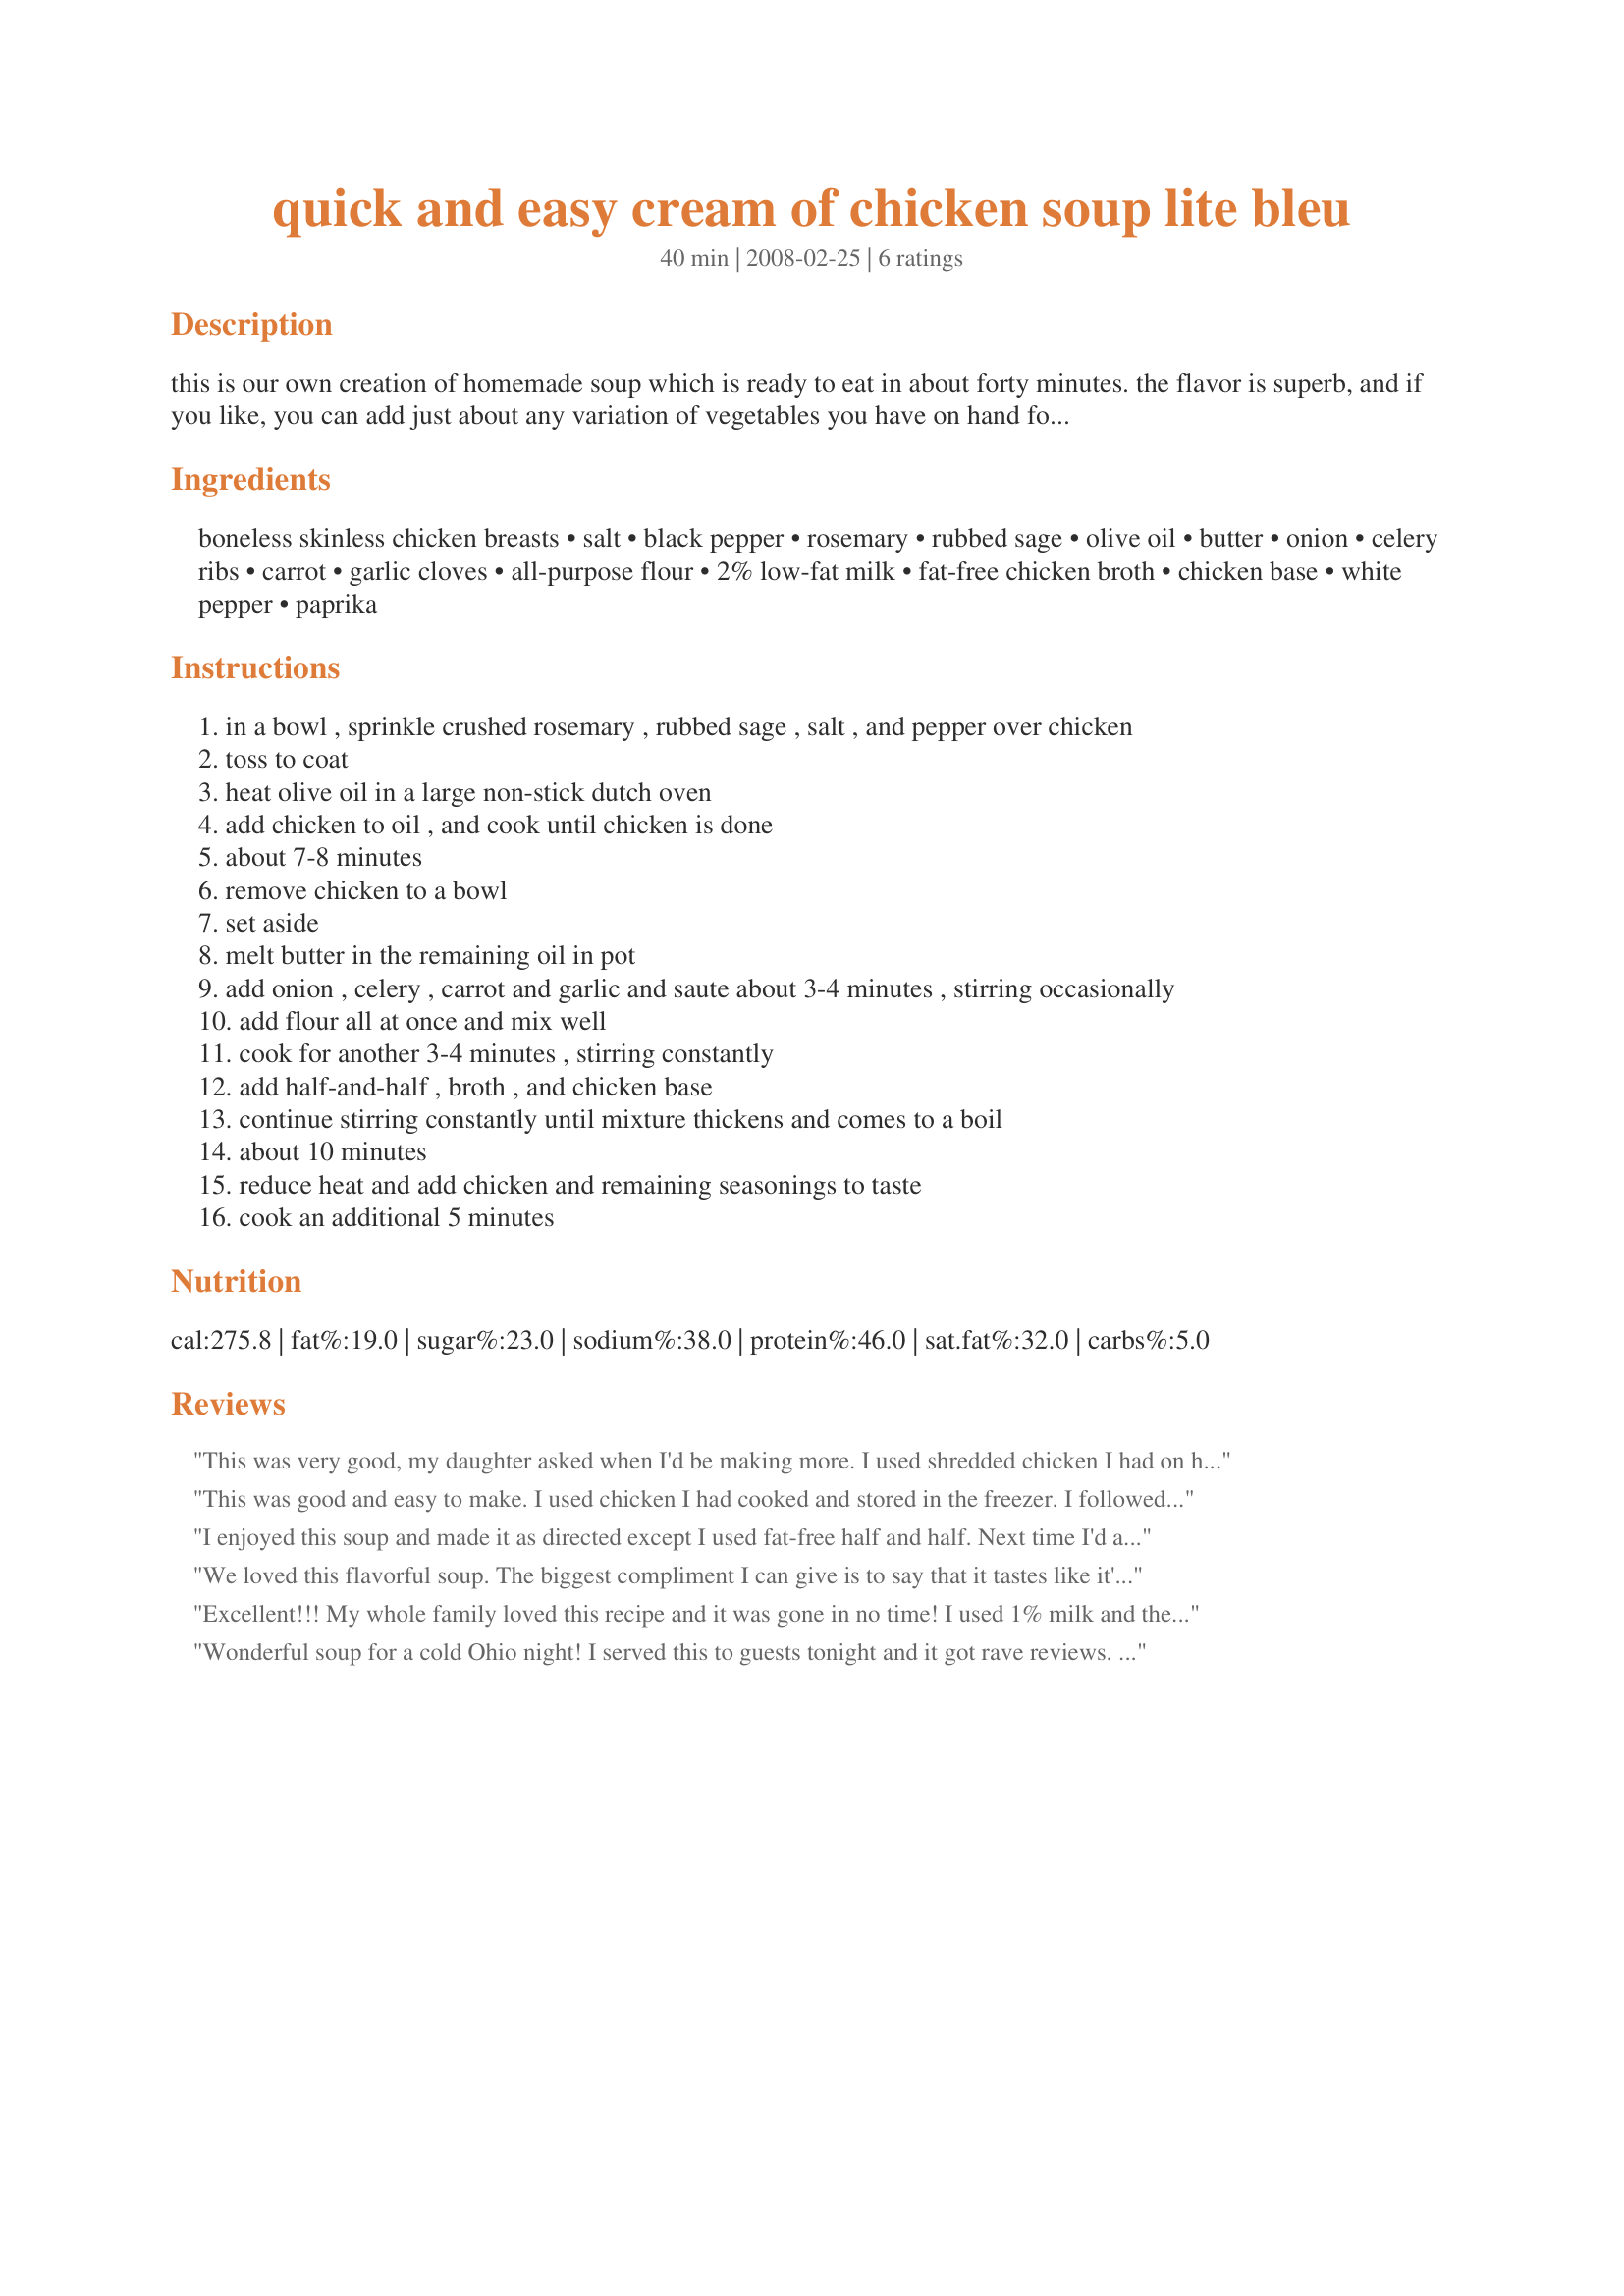
quick and easy cream of chicken soup lite bleu
Preparation time: 40 minutes

this is our own creation of homemade soup which is ready to eat in about forty minutes. the flavor is superb, and if you like, you can add just about any variation of vegetables you have on hand for an even more robust stew-like dish. all lite-bleu recipes are complete meals that we designed for our weight loss diet. please visit our homepage for more info.

Ingredients:
boneless skinless chicken breasts, salt, black pepper, rosemary, rubbed sage, olive oil, butter, onion, celery ribs, carrot, garlic cloves, all-purpose flour, 2% low-fat milk, fat-free chicken broth, chicken base, white pepper, paprika

Steps:
in a bowl , sprinkle crushed rosemary , rubbed sage , salt , and pepper over chicken
toss to coat
heat olive oil in a large non-stick dutch oven
add chicken to oil , and cook until chicken is done
about 7-8 minutes
remove chicken to a bowl
set aside
melt butter in the remaining oil in pot
add onion , celery , carrot and garlic and saute about 3-4 minutes , stirring occasionally
add flour all at once and mix well
cook for another 3-4 minutes , stirring constantly
add half-and-half , broth , and chicken base
continue stirring constantly until mixture thickens and comes to a boil
about 10 minutes
reduce heat and add chicken and remaining seasonings to taste
cook an additional 5 minutes

Reviews:
This was very good, my daughter asked when I'd be making more.
I used shredded chicken I had on had and it made this a super easy lunch for my crew. Perfect comfort food for the recent bought of cold weather.
This was good and easy to make. I used chicken I had cooked and stored in the freezer. I followed the recipe as written. Good, basic soup recipe. I love soup year round!
I enjoyed this soup and made it as directed except I used fat-free half and half. Next time I'd add more veggies because it makes a lot of stock so it can handle more veggies and not turn into stew. Thanks for posting.
We loved this flavorful soup. The biggest compliment I can give is to say that it tastes like it's full fat and cooked for hours. I used 2 boneless skinless chicken breasts (which, for us, was plenty), chopped into tiny pcs. and then halved the salt, pepper, rosemary and sage mixture. I upped the carrots to 3, since we love them in soup. I used 2 percent milk. I can't tell you how pleased I was with the result....so thick and creamy and packed with good flavor. This was the first time I used the chicken base and I think I'm hooked. Thanks for creating the great soup recipe. I will definitely be making this one again!! ~Made for the TYM tag game in the Cookbook section~
Excellent!!! My whole family loved this recipe and it was gone in no time! I used 1% milk and the soup was still thick. It counted as 5 WW pts with the low fat milk. I had dry poultry seasoning and I used 2 teaspoons, which was perfect (in place of the rosemary and sage). I wouldn't change a thing. Fantastic! Made for TYM tag. Thanks Bleu! :)
Wonderful soup for a cold Ohio night! I served this to guests tonight and it got rave reviews. This was quick, easy and fabulous -- I will definitely be making it again.
